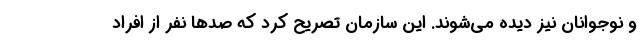
و نوجوانان نیز دیده می‌شوند. این سازمان تصریح کرد که صدها نفر از افراد